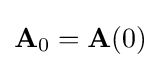
\mathbf {A} _{0}=\mathbf {A} (0)